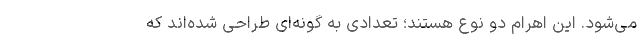
می‌شود. این اهرام دو نوع هستند؛ تعدادی به گونه‌ای طراحی شده‌اند که